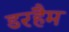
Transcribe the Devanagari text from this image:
डरहैम